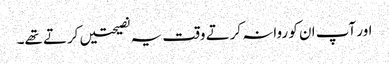
اور آپ ان کو روانہ کرتے وقت یہ نصیحتیں کرتے تھے۔